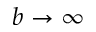
b \rightarrow \infty